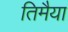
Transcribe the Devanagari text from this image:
तिमैया